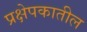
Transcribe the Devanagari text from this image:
प्रक्षेपकातील